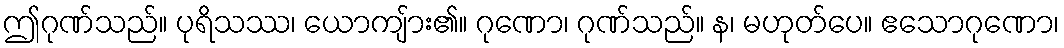
ဤဂုဏ်သည်။ ပုရိသဿ၊ ယောကျ်ား၏။ ဂုဏော၊ ဂုဏ်သည်။ န၊ မဟုတ်ပေ။ ဧသောဂုဏော၊